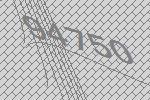
94750